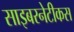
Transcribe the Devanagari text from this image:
साइबरनेटीकस